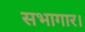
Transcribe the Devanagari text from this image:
सभागार।